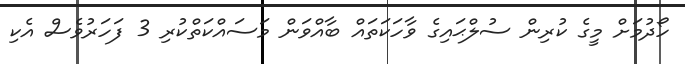
ހޯދުމަށް މީގެ ކުރިން ސުލްޙައިގެ ވާހަކަތައް ބާއްވަން މަސައްކަތްކުރި 3 ފަހަރުވެސް އެކި